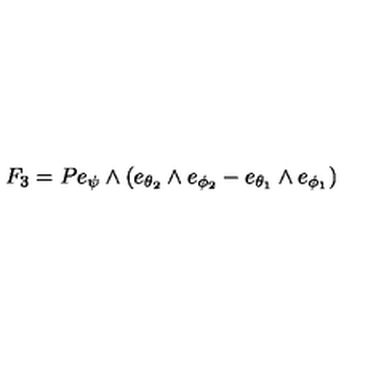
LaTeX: F _ { 3 } = P e _ { \psi } \wedge ( e _ { \theta _ { 2 } } \wedge e _ { \phi _ { 2 } } - e _ { \theta _ { 1 } } \wedge e _ { \phi _ { 1 } } )